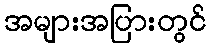
အများအပြားတွင်